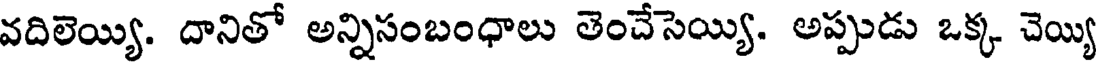
వదిలెయ్యి. దానితో అన్నిసంబంధాలు తెంచేసెయ్యి. అప్పుడు ఒక్క చెయ్యి